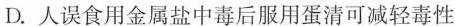
D.人误食用金属盐中毒后服用蛋清可减轻毒性